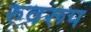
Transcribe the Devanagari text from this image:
रुवरूप